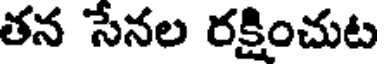
తన సేనల రక్షించుట